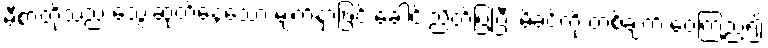
မီစာတိုသည် သွေးဆုတ်နေသော မျက်နှာဖြင့် ခေါင်းညိတ်ပြပြီး မိခင်ကို တစ်ချက် ဝေ့ကြည့်၍